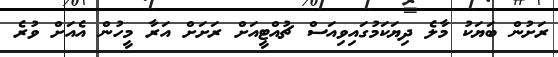
ރަށުން ބަޔަކު މާލެ ދިޔަކަމުގައިވިއަސް ޗުއްޓީއަށް ރަށަށް އަރާ މީހުން އެއަށް ވުރެ